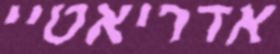
אדריאטיי